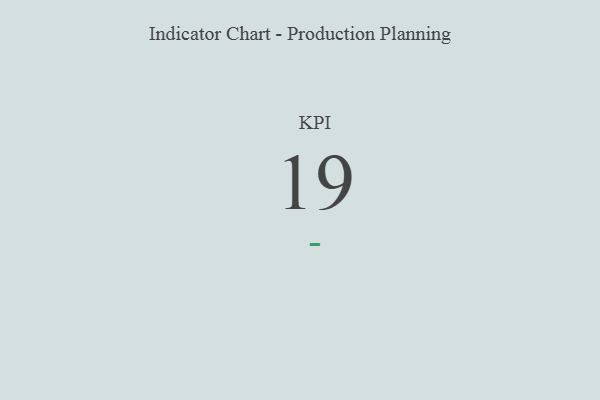
{"axis": {"x": "KPI", "y": "Value"}, "legend": [""], "data": [{"x": "KPI", "y": 19, "type": ""}]}